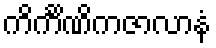
ကိင်္ကိဏိကဇာလာနံ